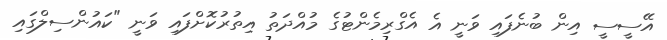
އޭސީސީ އިން ބުނެފައި ވަނީ އެ އެގްރިމެންޓުގެ މުއްދަތު އިތުރުކޮށްފައި ވަނީ "ކައުންސިލްގައި